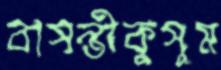
বাসন্তীকুসুম